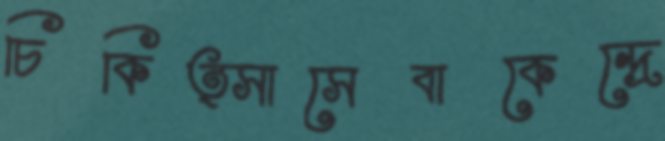
চিকিত্সাসেবাকেন্দ্রে